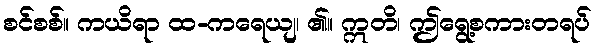
စင်စစ်။ ကယိရာ ထ-ကရေယျ၊ ၏။ ဣတိ၊ ဤရွေ့စကားတရပ်